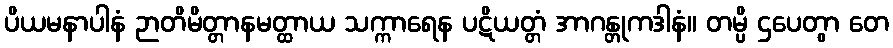
ပိယမနာပါနံ ဉာတိမိတ္တာနမတ္ထာယ သက္ကာရေန ပဋိယတ္တံ အာဂန္တုကဒါနံ။ တမ္ပိ ဌပေတွာ တေ